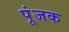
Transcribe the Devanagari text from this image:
पूंजक